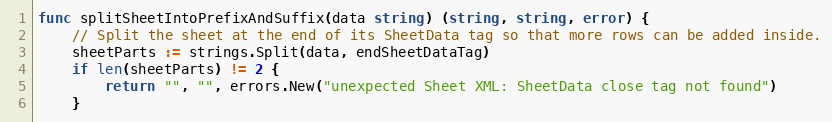
Language: Go
func splitSheetIntoPrefixAndSuffix(data string) (string, string, error) {
	// Split the sheet at the end of its SheetData tag so that more rows can be added inside.
	sheetParts := strings.Split(data, endSheetDataTag)
	if len(sheetParts) != 2 {
		return "", "", errors.New("unexpected Sheet XML: SheetData close tag not found")
	}